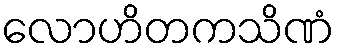
လောဟိတကသိဏံ